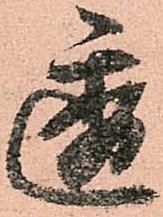
透